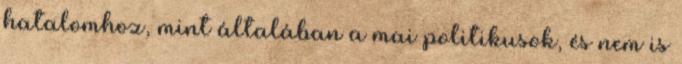
hatalomhoz, mint általában a mai politikusok, és nem is